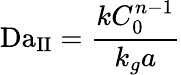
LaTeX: \mathrm{Da}_{\mathrm{II}}={\frac{kC_{0}^{n-1}}{k_{g}a}}